Report on vaccination in Madras 1904-1921 - 1904-1921
Year: 1904
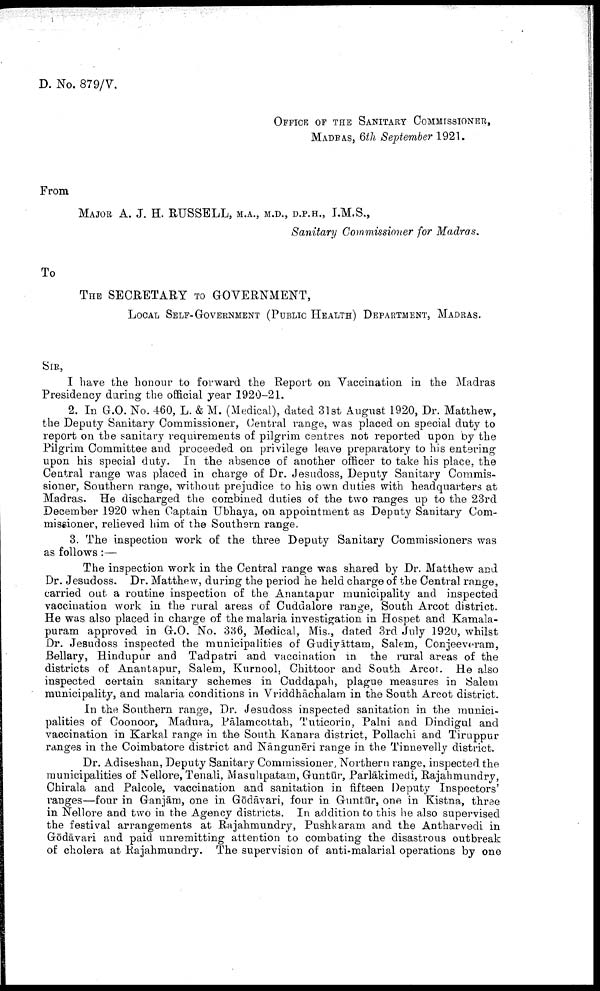
D. No. 879/V.
OFFICE OF THE SANITARY COMMISSIONER,
MADRAS, 6th September 1921.
From
MAJOR A. J. H. RUSSELL, M.A., M.D., D.P.H., I.M.S.,
Sanitary Commissioner for Madras.
To
THE SECRETARY TO GOVERNMENT,
LOCAL SELF-GOVERNMENT (PUBLIC HEALTH) DEPARTMENT, MADRAS.
SIR,
I have the honour to forward the Report on Vaccination in the Madras
Presidency during the official year 1920-21.
2. In G.O. No. 460, L. & M. (Medical), dated 31st August 1920, Dr. Matthew,
the Deputy Sanitary Commissioner, Central range, was placed on special duty to
report on the sanitary requirements of pilgrim centres not reported upon by the
Pilgrim Committee and proceeded on privilege leave preparatory to his entering
upon his special duty. In the absence of another officer to take his place, the
Central range was placed in charge of Dr. Jesudoss, Deputy Sanitary Commis
sioner, Southern range, without prejudice to his own duties with headquarters at
Madras. He discharged the combined duties of the two ranges up to the 23rd
December 1920 when Captain Ubhaya, on appointment as Deputy Sanitary Com
missioner, relieved him of the Southern range.
3. The inspection work of the three Deputy Sanitary Commissioners was
as follows:—
The inspection work in the Central range was shared by Dr. Matthew and
Dr. Jesudoss. Dr. Matthew, during the period he held charge of the Central range,
carried out a routine inspection of the Anantapur municipality and inspected
vaccination work in the rural areas of Cuddalore range, South Arcot district.
He was also placed in charge of the malaria investigation in Hospet and Kamala¬
puram approved in G.O. No. 336, Medical, Mis., dated 3rd July 1920, whilst
Dr. Jesudoss inspected the municipalities of Gudiyāttain, Salem, Conjeeveram,
Bellary, Hindupur and Tadpatri and vaccination in the rural areas of the
districts of Anantapur, Salem, Kurnool, Chittoor and South Arcot. He also
inspected certain sanitary schemes in Cuddapah, plague measures in Salem
municipality, and malaria conditions in Vriddhāchalam in the South Arcot district.
In the Southern range, Dr. Jesudoss inspected sanitation in the munici
palities of Coonoor, Madura, Pālamcottah, Tuticorin, Palni and Dindigul and
vaccination in Karkal range in the South Kanara district, Pollachi and Tiruppur
ranges in the Coimbatore district and Nāngunēri range in the Tinnevelly district.
Dr. Adiseshan, Deputy Sanitary Commissioner, Northern range, inspected the
municipalities of Nellore, Tenali, Masuhpatam, Guntūr, Parlākimedi, Rajahmundry,
Chirala and Palcole, vaccination and sanitation in fifteen Deputy Inspectors'
ranges—four in Ganjām, one in Gōdāvari, four in Guntūr, one in Kistna, three
in Nellore and two in the Agency districts. In addition to this he also supervised
the festival arrangements at Rajahmundry, Pushkaram and the Antharvedi in
Gōdāvari and paid unremitting attention to combating the disastrous outbreak
of cholera at Rajahmundry. The supervision of anti-malarial operations by one